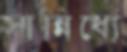
সান্নিধ্যে